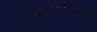
ઔપચારિકરણ